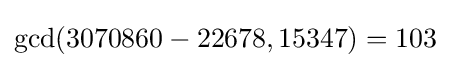
\gcd(3070860-22678,15347)=103